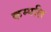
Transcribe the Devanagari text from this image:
कम्पलि